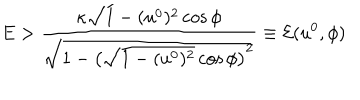
E > \frac { \kappa \sqrt { 1 - ( u ^ { 0 } ) ^ { 2 } } \cos \phi } { \sqrt { 1 - \left( \sqrt { 1 - ( u ^ { 0 } ) ^ { 2 } } \cos \phi \right) ^ { 2 } } } \equiv \mathcal { E } ( u ^ { 0 } , \phi )